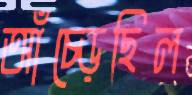
আঁচ্‌ড়েছিল